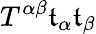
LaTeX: T^{\alpha\beta}\mathfrak{t}_{\alpha}\mathfrak{t}_{\beta}